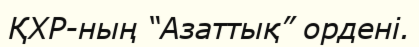
ҚХР-ның “Азаттық” ордені.